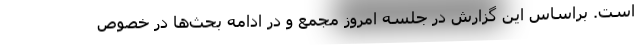
است. براساس این گزارش در جلسه امروز مجمع و در ادامه بحث‌ها در خصوص